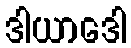
ဒါယာဒေါ